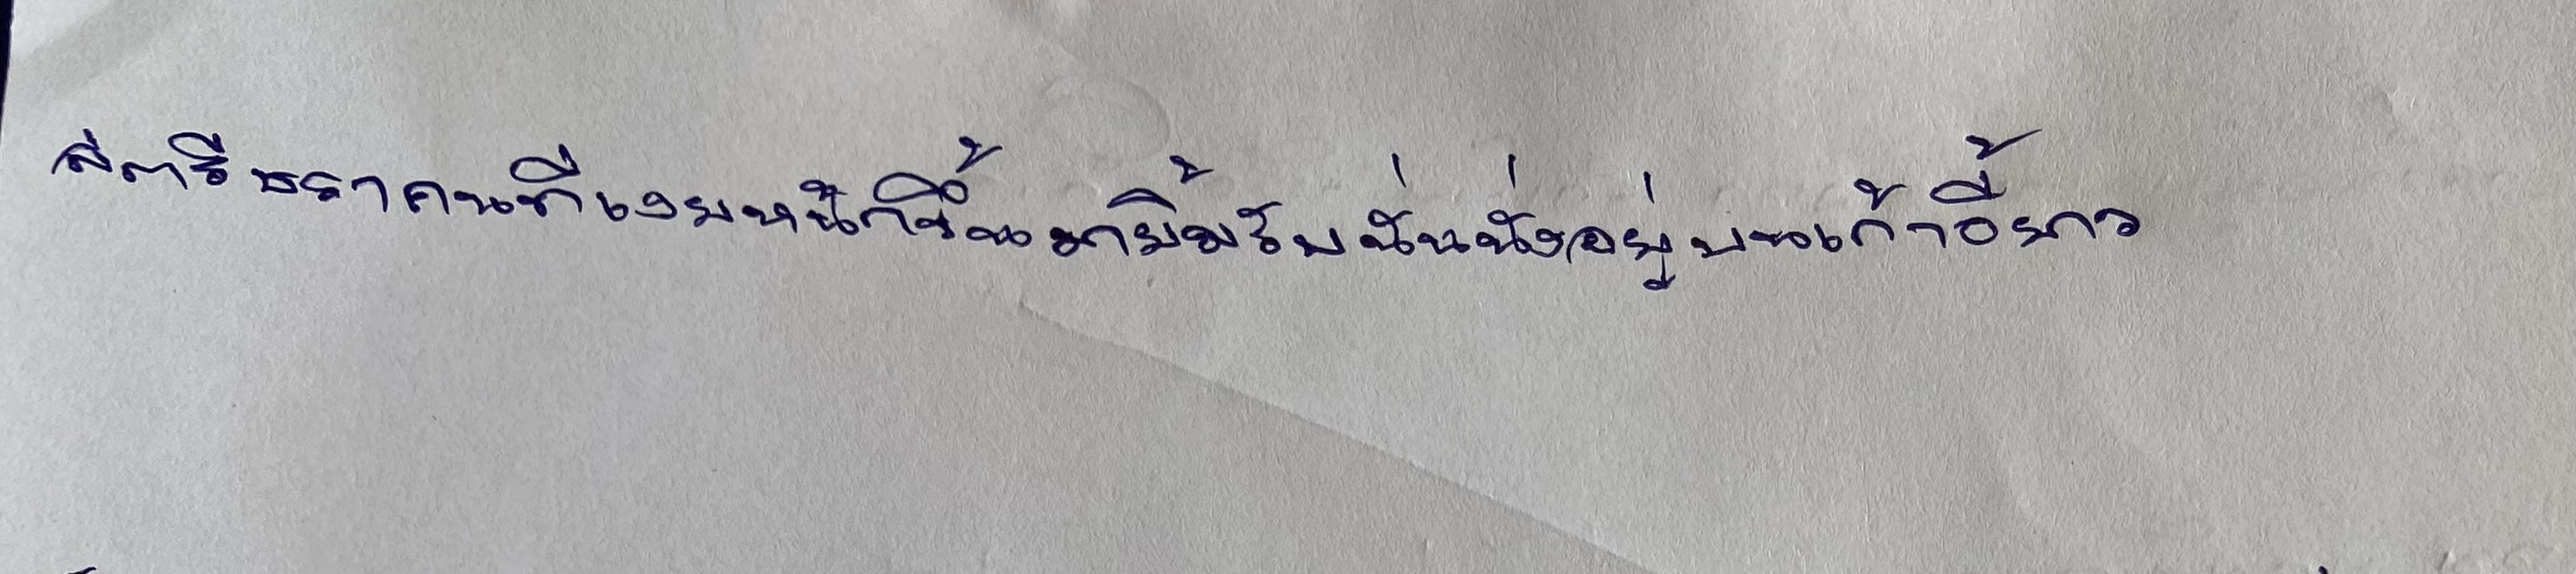
สตรีชราคนที่เงยหน้าขึ้นมายิ้มรับนั้นนั่งอยู่บนเก้าอี้ยาว